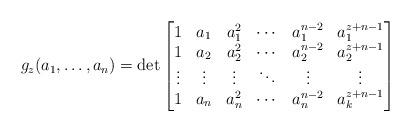
LaTeX: \begin{align*} g_z(a_1, \ldots, a_n)= \det \begin{bmatrix}1 & a_1 & a_1^2 & \cdots & a_1^{n-2} & a_1^{z+n-1} \\1 & a_2 & a_2^2 & \cdots & a_2^{n-2} & a_2^{z+n-1} \\\vdots & \vdots & \vdots & \ddots & \vdots & \vdots \\1 & a_n & a_n^2 & \cdots & a_n^{n-2} & a_k^{z+n-1} \\\end{bmatrix}\end{align*}